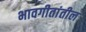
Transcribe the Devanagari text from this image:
भावगीतांतील